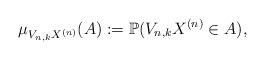
LaTeX: \begin{align*}\mu_{V_{n,k} X^{(n)}}(A) := \mathbb{P}(V_{n,k} X^{(n)} \in A),\end{align*}